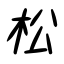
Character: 松